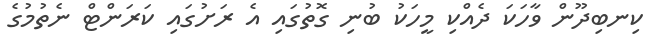
ކިނބިދޫން ވާހަކަ ދެއްކި މީހަކު ބުނި ގޮތުގައި އެ ރަށުގައި ކަރަންޓް ނެތުމުގެ